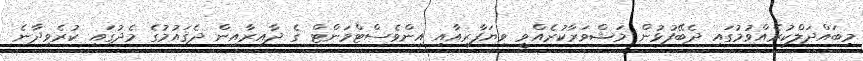
މިބައްދަލްކުރެއްވުމުގައި ދެބޭފުޅުން މަޝްވަރާކުރެއްވީ ވިޔަފާރިއާއި އިންވެސްޓްމަންޓް ގެ ދާއިރާއިން ދެޤައުމުގެ މެދުގައި ކުރެވިދާނެ